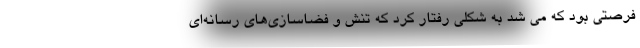
فرصتی بود که می شد به شکلی رفتار کرد که تنش‌ و فضاسازی‌های رسانه‌ای